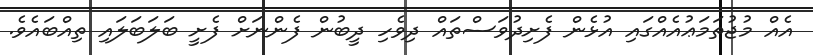
އެއް މުޖުތަމަޢުއެއްގައި އުޅެން ފެށިދުވަސްތައް ދިވެހި ދީބުން ފެންނަށް ފެށީ ބަލަބަލައި ތިއްބައެވެ.